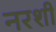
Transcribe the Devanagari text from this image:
नरशी